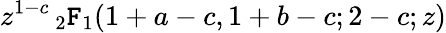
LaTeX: z^{1-c}\, _{2}\mathtt{F}_{1}(1+a-c,1+b-c;2-c;z)